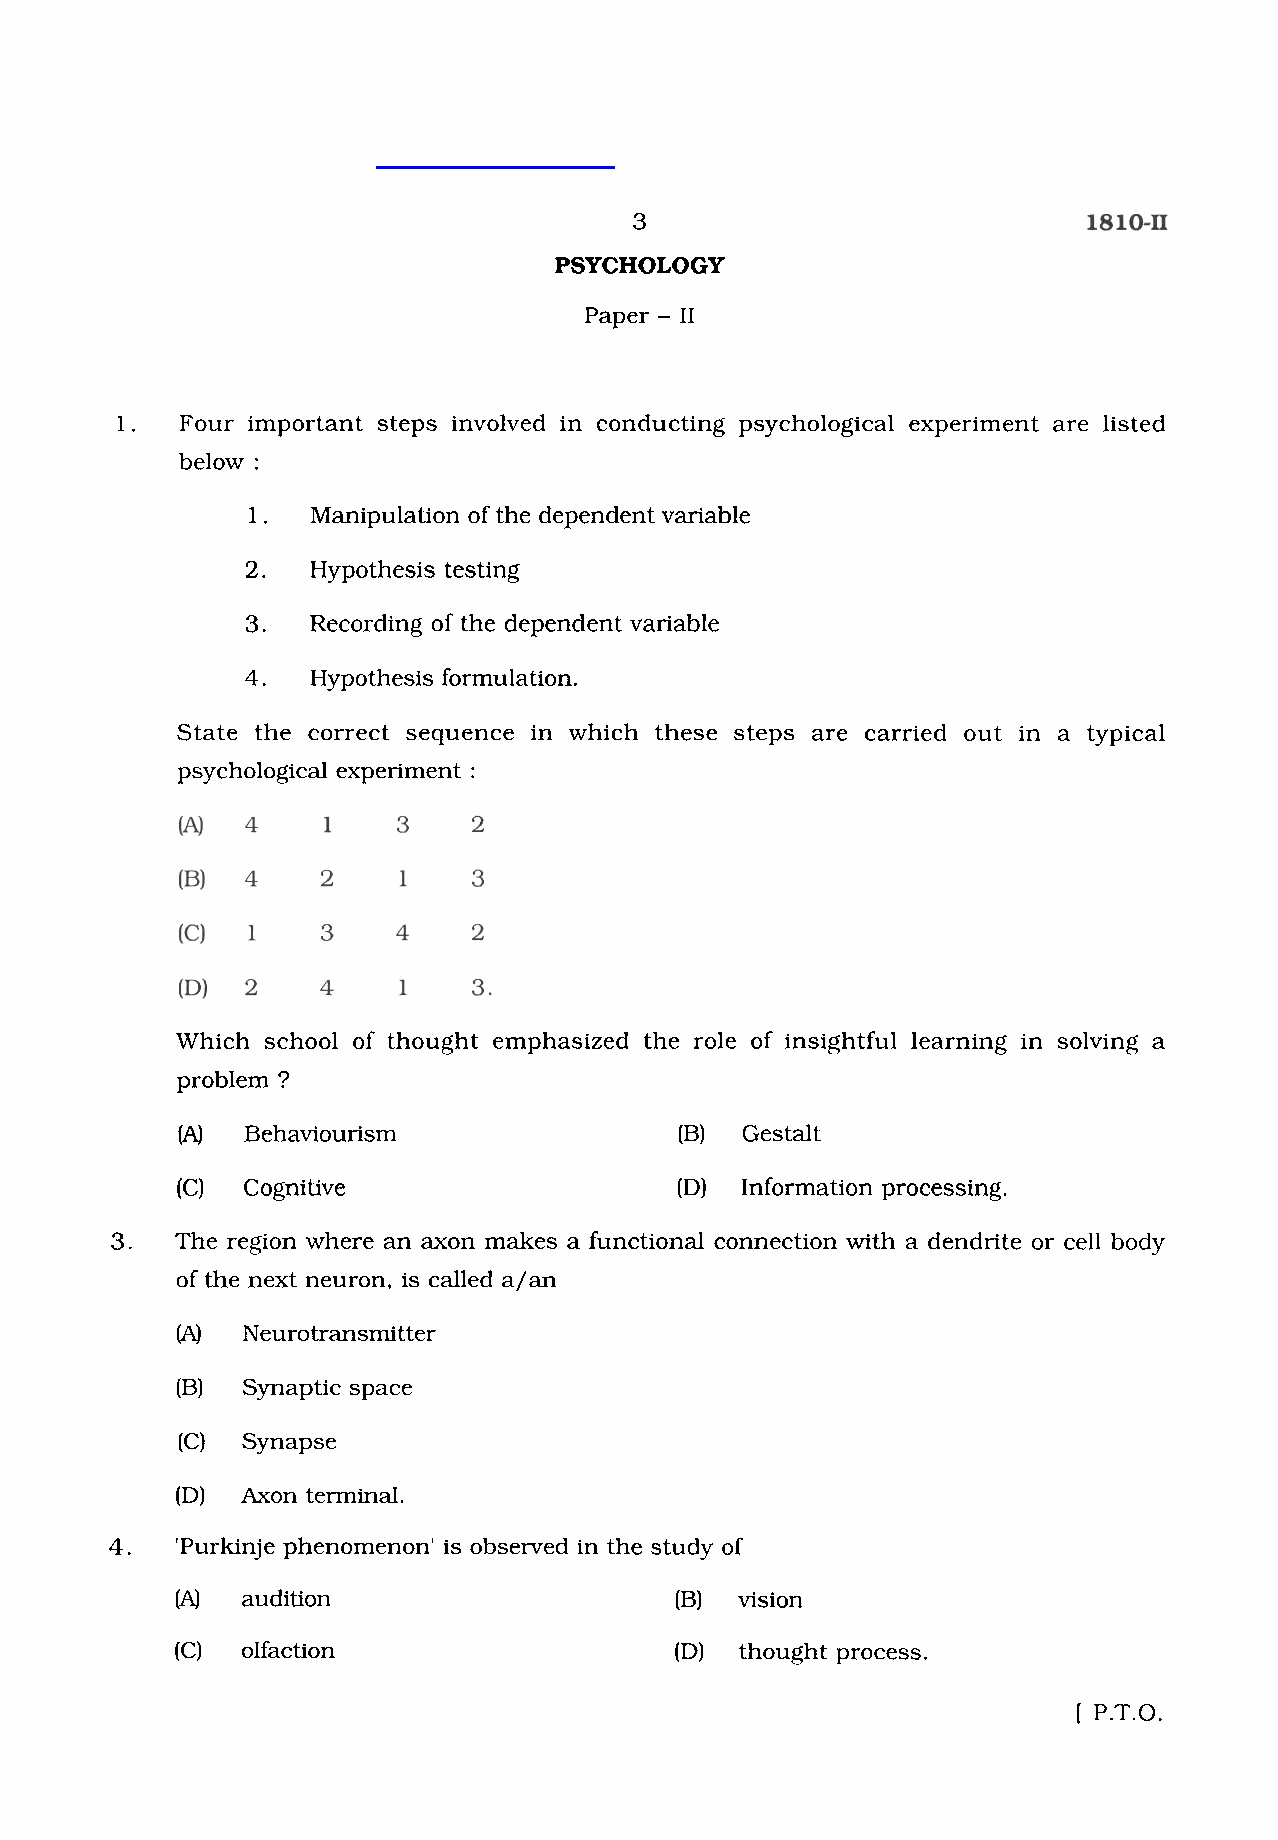
3
 PSYCHOLOGY
 Paper - I1
 1.  Four important steps involved in conducting psychological experiment are listed
 below :
 1.   Manipulation of the dependent variable
 2.   Hypothesis testing
 3.   Recording of the dependent variable
 4.   Hypothesis formulation.
 State the correct sequence in which these steps are carried out in a typical
 psychological experiment :
 Which school of thought emphasized the role of insightful learning in solving a
 problem ?
 (A) Behaviourism                 (B) Gestalt
 (C) Cognitive                    (D) Information processing.
 3.   The region where an axon makes a functional connection with a dendrite or cell body
 of the next neuron, is called a/an
 (A) Neurotransmitter
 (B) Synaptic space
 (C) Synapse
 (D) Axon terminal.
 4.   'Purkinje phenomenon' is observed in the study of
 (A) audition                     (B) vision
 (C) olfaction                    (D) thought process.
 [ P.T.O.
 w
 w
 w
 .
 S
 t
 u
 d
 y
 G
 u
 i
 d
 e
 I
 n
 d
 i
 a
 .
 c
 o
 m